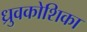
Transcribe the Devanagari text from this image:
ध्रुवकोशिका